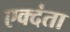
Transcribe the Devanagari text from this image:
एक्दंता